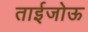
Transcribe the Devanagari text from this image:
ताईजोऊ